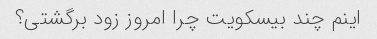
اینم چند بیسکویت چرا امروز زود برگشتی؟